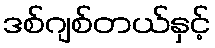
ဒစ်ဂျစ်တယ်နှင့်